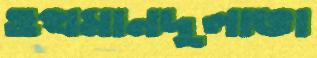
ওথমানদুলাভা